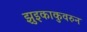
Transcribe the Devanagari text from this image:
झुइकाकुवरुन